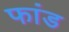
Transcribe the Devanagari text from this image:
फांड